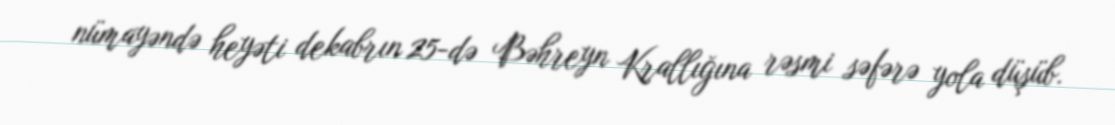
nümayəndə heyəti dekabrın 25-də Bəhreyn Krallığına rəsmi səfərə yola düşüb.